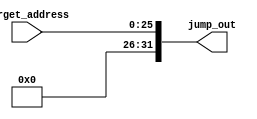
module jumpedAddress(jump_out,target_address);

	input [25:0] target_address;
	output [31:0] jump_out;
	
	buf J0(jump_out[0],target_address[0]);
	buf J1(jump_out[1],target_address[1]);
	buf J2(jump_out[2],target_address[2]);
	buf J3(jump_out[3],target_address[3]);
	buf J4(jump_out[4],target_address[4]);
	buf J5(jump_out[5],target_address[5]);
	buf J6(jump_out[6],target_address[6]);
	buf J7(jump_out[7],target_address[7]);
	buf J8(jump_out[8],target_address[8]);
	buf J9(jump_out[9],target_address[9]);
	buf J10(jump_out[10],target_address[10]);
	buf J11(jump_out[11],target_address[11]);
	buf J12(jump_out[12],target_address[12]);
	buf J13(jump_out[13],target_address[13]);
	buf J14(jump_out[14],target_address[14]);
	buf J15(jump_out[15],target_address[15]);
	buf J16(jump_out[16],target_address[16]);
	buf J17(jump_out[17],target_address[17]);
	buf J18(jump_out[18],target_address[18]);
	buf J19(jump_out[19],target_address[19]);
	buf J20(jump_out[20],target_address[20]);
	buf J21(jump_out[21],target_address[21]);
	buf J22(jump_out[22],target_address[22]);
	buf J23(jump_out[23],target_address[23]);
	buf J24(jump_out[24],target_address[24]);
	buf J25(jump_out[25],target_address[25]);
	buf J26(jump_out[26],1'b0);
	buf J27(jump_out[27],1'b0);
	buf J28(jump_out[28],1'b0);
	buf J29(jump_out[29],1'b0);
	buf J30(jump_out[30],1'b0);
	buf J31(jump_out[31],1'b0);
	
endmodule